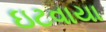
ઇટવાયા